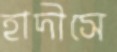
হাদীসে